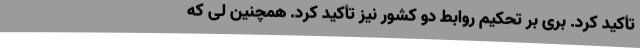
تأکید کرد. بری بر تحکیم روابط دو کشور نیز تأکید کرد. همچنین لی که